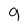
Character: 9